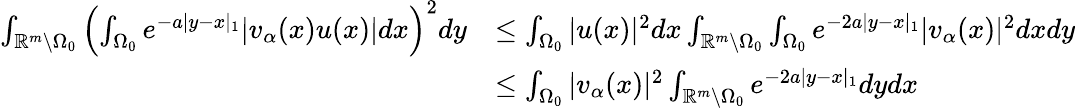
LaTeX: \begin{array}{rl}{\int_{\mathbb{R}^{m}\setminus{\Omega_{0}}}\left(\int_{\Omega_{0}}e^{-a|y-x|_{1}}|v_{\alpha}(x)u(x)|dx\right)^{2}dy}&{\leq\int_{\Omega_{0}}|u(x)|^{2}dx\int_{\mathbb{R}^{m}\setminus{\Omega_{0}}}\int_{\Omega_{0}}e^{-2a|y-x|_{1}}|v_{\alpha}(x)|^{2}dxdy}\\ &{\leq\int_{\Omega_{0}}|v_{\alpha}(x)|^{2}\int_{\mathbb{R}^{m}\setminus{\Omega_{0}}}e^{-2a|y-x|_{1}}dydx}\end{array}